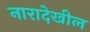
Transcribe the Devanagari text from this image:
नारादेखील